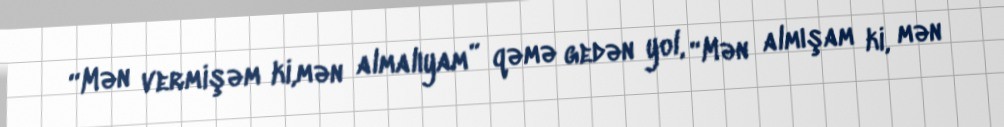
“Mən vermişəm ki,mən almalıyam” qəmə gedən yol, “Mən almışam ki, mən